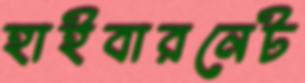
হাইবারনেট